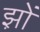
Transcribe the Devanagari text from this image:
झ़ों